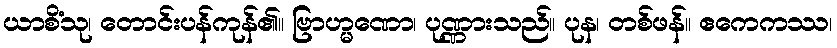
ယာစိံသု၊ တောင်းပန်ကုန်၏။ ဗြာဟ္မဏော၊ ပုဏ္ဏားသည်။ ပုန၊ တစ်ဖန်။ ဧကေကဿ၊